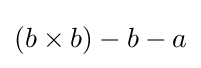
(b\times b)-b-a